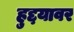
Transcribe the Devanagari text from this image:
हुद्दयावर